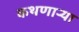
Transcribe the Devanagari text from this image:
कथणाऱ्या